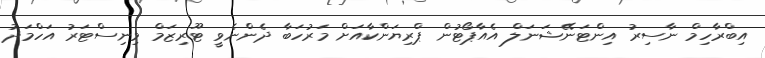
އިބްރާހިމް ނާސިރު އިންޓަނޭޝަނަލް އެެއާޕޯޓުން ޕްރިޔަންކާއަށް މަރުހަބާ ދެންނެވީ ޓޫރިޒަމް މިނިސްޓަރު އަހްމަދު